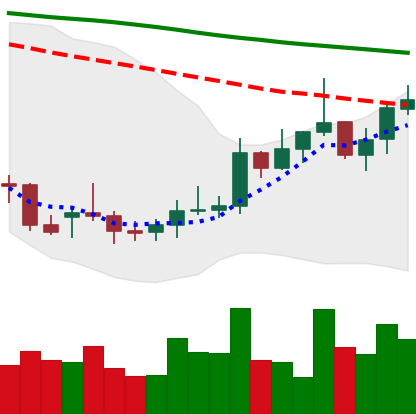
Ticker: XMR-USD
Chart end date: 2021-12-31
Forward return: -9.407%
Label: down_7plus